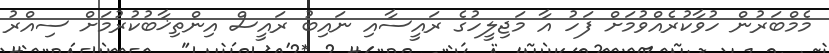
މެމްބަރުން ހުވާކުރެއްވުމަށް ފަހު އާ މަޖިލީހުގެ ރައީސާއި ނައިބު ރައީސް އިންތިޚާބުކުރުމަށް ސިއްރު